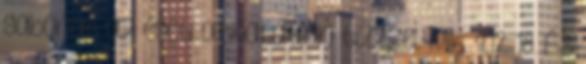
gabonát az égeti olthatatlan tűzzel. Mik. 4,12. 18. És